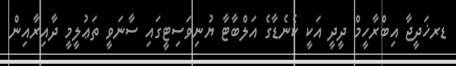
ޑރޚަދީޖާ އިބްރާހީމް ދީދީ އަކީ ކެނެޑާގެ އަލްބާޓާ ޔުނިވަސިޓީގައި ސާނަވީ ތަޢުލީމީ ދާއިރާއިން